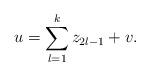
LaTeX: \begin{align*}u = \sum_{\l = 1}^{k} z_{2\l-1}+ v.\end{align*}